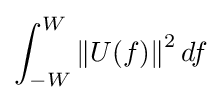
\int _{-W}^{W}{\|U(f)\|}^{2}\,df